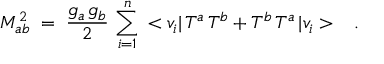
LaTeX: M _ { a b } ^ { 2 } \; = \; \frac { g _ { a } \, g _ { b } } { 2 } \, \sum _ { i = 1 } ^ { n } \, < v _ { i } | \, T ^ { a } \, T ^ { b } + T ^ { b } \, T ^ { a } \, | v _ { i } > \; \; \; .